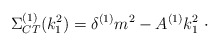
\begin{align*}\Sigma _{CT}^{(1)}(k_{1}^{2})=\delta ^{(1)}m^{2}-A^{(1)}k_{1}^{2}\ \cdot\end{align*}